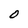
Character: O